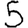
Digit: 5